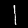
Digit: 1